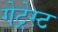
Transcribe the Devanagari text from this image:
गेट्रेस्ट